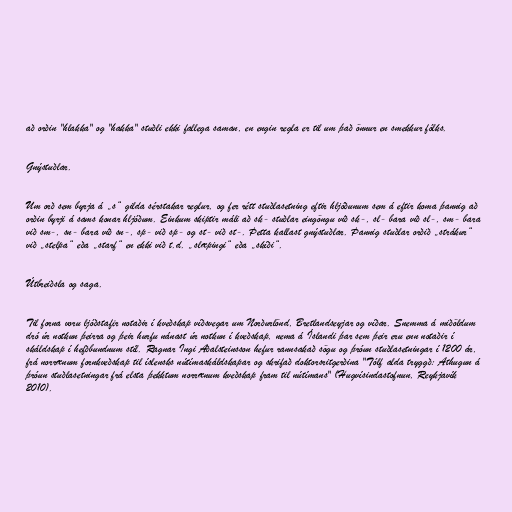
að orðin "hlakka" og "hakka" stuðli ekki fallega saman, en engin regla er til um það önnur en smekkur fólks.

Gnýstuðlar.

Um orð sem byrja á „s“ gilda sérstakar reglur, og fer rétt stuðlasetning eftir hljóðunum sem á eftir koma þannig að
orðin byrji á sams konar hljóðum. Einkum skiptir máli að sk- stuðlar eingöngu við sk-, sl- bara við sl-, sm- bara
við sm-, sn- bara við sn-, sp- við sp- og st- við st-. Þetta kallast gnýstuðlar. Þannig stuðlar orðið „strákur“
við „stelpa“ eða „starf“ en ekki við t.d. „slæpingi“ eða „skíði“.

Útbreiðsla og saga.

Til forna voru ljóðstafir notaðir í kveðskap víðsvegar um Norðurlönd, Bretlandseyjar og víðar. Snemma á miðöldum
dró úr notkun þeirra og þeir hurfu nánast úr notkun í kveðskap, nema á Íslandi þar sem þeir eru enn notaðir í
skáldskap í hefðbundnum stíl. Ragnar Ingi Aðalsteinsson hefur rannsakað sögu og þróun stuðlasetningar í 1200 ár,
frá norrænum fornkveðskap til íslensks nútímaskáldskapar og skrifað doktorsritgerðina "Tólf alda tryggð: Athugun á
þróun stuðlasetningar frá elsta þekktum norrænum kveðskap fram til nútímans" (Hugvísindastofnun, Reykjavík
2010).